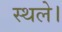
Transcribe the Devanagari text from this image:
स्थले।